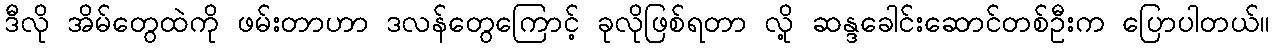
ဒီလို အိမ်တွေထဲကို ဖမ်းတာဟာ ဒလန်တွေကြောင့် ခုလိုဖြစ်ရတာ လို့ ဆန္ဒခေါင်းဆောင်တစ်ဦးက ပြောပါတယ်။